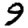
Digit: 9